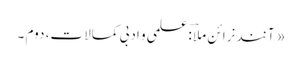
« آنند نرائن ملاؔ : علمی و ادبی کمالات، دوم ۔